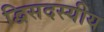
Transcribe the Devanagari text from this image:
द्विसदस्यीय